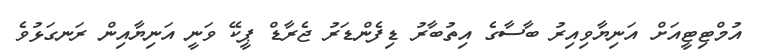
އުމްޓިޓީއަށް އަނިޔާވިއިރު ބާސާގެ އިތުބާރު ޑިފެންޑަރު ޖެރާޑް ޕީކޭ ވަނީ އަނިޔާއިން ރަނގަޅުވެ